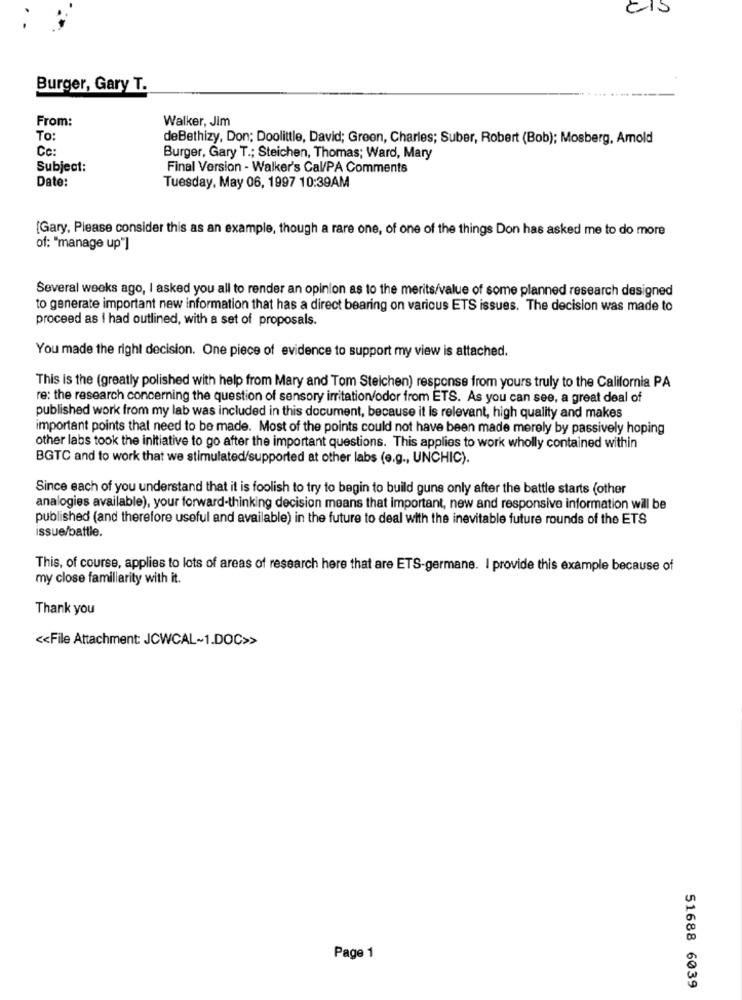
Burger, Gary T.
From:
Walker, Jim
To:
deBethizy, Don; Doolittle, David; Green, Charles; Suber, Robert (Bob); Mosberg, Amold
Cc:
Burger, Gary T .; Steichen, Thomas; Ward, Mary
Subject:
Final Version - Walker's Cal/PA Comments
Date:
Tuesday, May 06, 1997 10:39AM
{Gary, Please consider this as an example, though a rare one, of one of the things Don has asked me to do more
of: "manage up"]
Several weeks ago, I asked you all to render an opinion as to the merits/value of some planned research designed
to generate important new information that has a direct bearing on various ETS issues. The decision was made to
proceed as I had outlined, with a set of proposals.
You made the right decision. One piece of evidence to support my view is attached.
This is the (greatly polished with help from Mary and Tom Steichen) response from yours truly to the California PA
re: the research concerning the question of sensory irritation/oder from ETS. As you can see, a great deal of
published work from my lab was included in this document, because it is relevant, high quality and makes
important points that need to be made. Most of the points could not have been made merely by passively hoping
other labs took the initiative to go after the important questions. This applies to work wholly contained within
BGTC and to work that we stimulated/supported at other labs (e.g ., UNCHIC).
Since each of you understand that it is foolish to try to begin to build guns only after the battle starts (other
analogies available), your forward-thinking decision means that important, new and responsive information will be
published (and therefore useful and available) in the future to deal with the inevitable future rounds of the ETS
issue/battle.
This, of course, applies to lots of areas of research here that are ETS-germane. I provide this example because of
my close familiarity with it.
Thank you
<< File Attachment: JCWCAL~1.DOC>>
Page 1
51688 6039